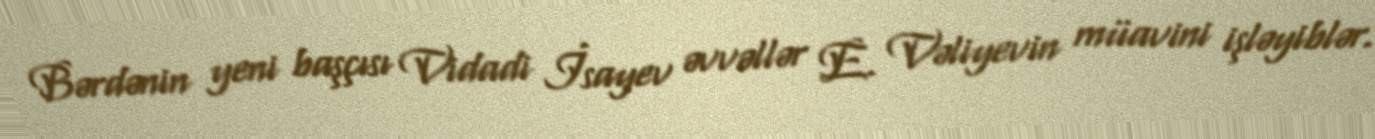
Bərdənin yeni başçısı Vidadi İsayev əvvəllər E. Vəliyevin müavini işləyiblər.